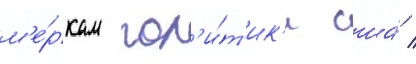
м'е́ркам пол'и́т'ик'и сша́ /